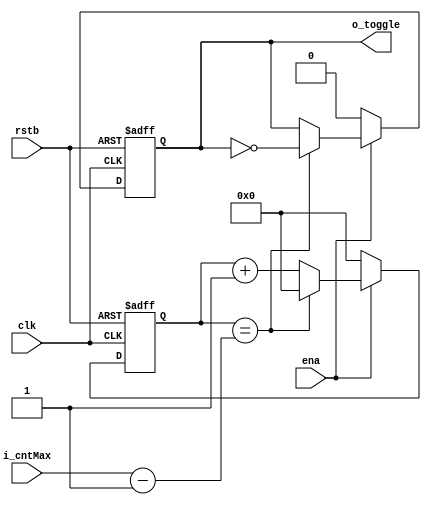
//////////////////////////////////////////////////////////////////////////////////
// Company: 
// Engineer: 
// 
// Design Name: 
// Module Name: counter_toggle
// Project Name: 
// Target Devices: 
// Tool Versions: 
// Description: 
// 
// Dependencies: 
// 
// Revision:
// Revision 0.01 - File Created
// Additional Comments:
// 
//////////////////////////////////////////////////////////////////////////////////

`timescale 1ns / 1ps
module counter_toggle(
    input           clk,
    input           rstb,
    input           ena,
    input [31:0]    i_cntMax,
    output reg      o_toggle
    );

    reg [31:0] cnt;
    always @(negedge rstb or posedge clk)begin
        if(!rstb)
            cnt <= 'b0;
        else if(!ena)
            cnt <= 'b0;
        else if(cnt == i_cntMax-1)
            cnt <= 'b0;
        else
            cnt <= cnt+1;
    end

    always@(negedge rstb or posedge clk)begin
        if(!rstb)
            o_toggle <= 0;
        else if(!ena)
            o_toggle <= 0;
        else if(cnt == i_cntMax-1)
            o_toggle <= ~o_toggle;
    end
endmodule